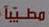
مطيتبا